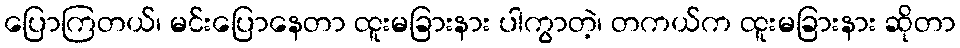
ပြောကြတယ်၊ မင်းပြောနေတာ ထူးမခြားနား ပါကွာတဲ့၊ တကယ်က ထူးမခြားနား ဆိုတာ